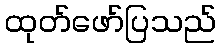
ထုတ်ဖော်ပြသည်